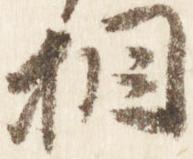
相